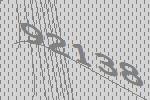
92138